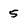
Character: 5